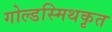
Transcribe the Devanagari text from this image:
गोल्डस्मिथकृत